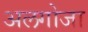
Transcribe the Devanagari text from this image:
अलगोजा